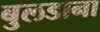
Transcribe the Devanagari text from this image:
बुलडाना